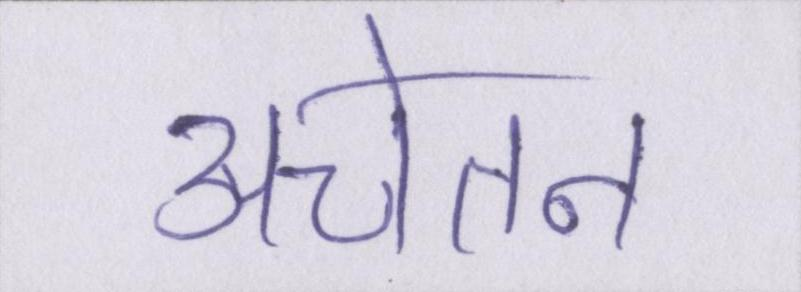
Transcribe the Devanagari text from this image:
अचेतन